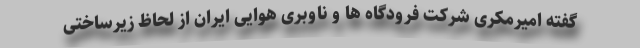
گفته امیرمکری شرکت فرودگاه ها و ناوبری هوایی ایران از لحاظ زیرساختی